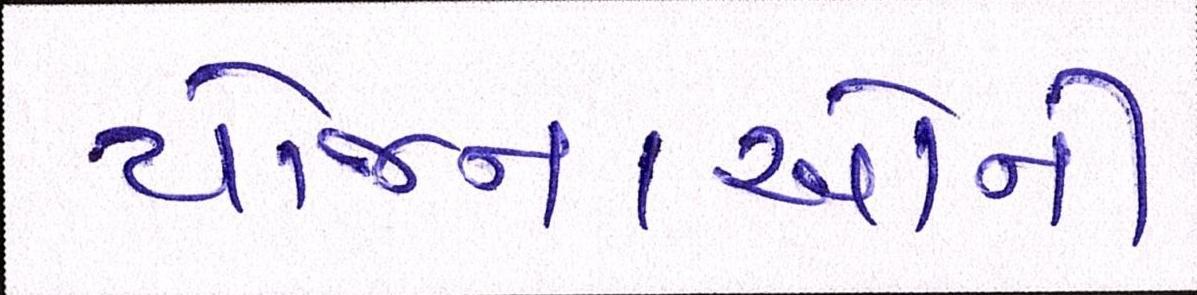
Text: યોજનાઓની